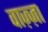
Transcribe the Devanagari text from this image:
वाज़्ज़ा